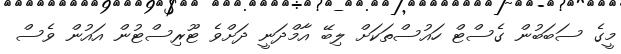
މީގެ ސަބަބުން ގެސްޓް ހައުސްތަކަށް ލިބޭ އާމްދަނީ ދަށްވެ ޓޫރިސްޓުން އައުން ވެސް